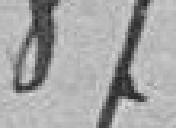
87